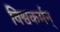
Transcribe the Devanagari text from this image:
विश्वकर्मन्‌